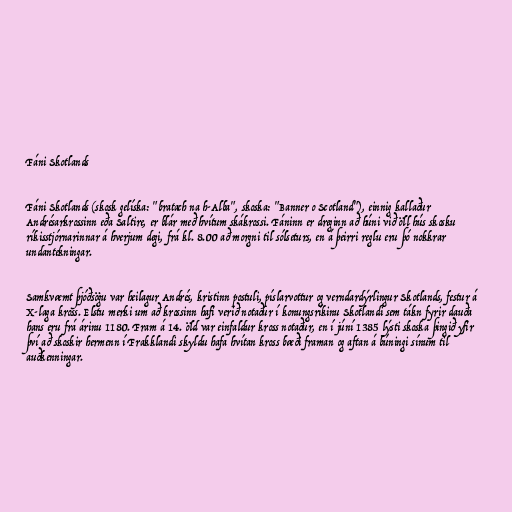
Fáni Skotlands

Fáni Skotlands (skosk gelíska: "bratach na h-Alba", skoska: "Banner o Scotland"), einnig kallaður
Andrésarkrossinn eða Saltire, er blár með hvítum skákrossi. Fáninn er dreginn að húni við öll hús skosku
ríkisstjórnarinnar á hverjum degi, frá kl. 8.00 að morgni til sólseturs, en á þeirri reglu eru þó nokkrar
undantekningar.

Samkvæmt þjóðsögu var heilagur Andrés, kristinn postuli, píslarvottur og verndardýrlingur Skotlands, festur á
X-laga kross. Elstu merki um að krossinn hafi verið notaður í konungsríkinu Skotlandi sem tákn fyrir dauða
hans eru frá árinu 1180. Fram á 14. öld var einfaldur kross notaður, en í júní 1385 lýsti skoska þingið yfir
því að skoskir hermenn í Frakklandi skyldu hafa hvítan kross bæði framan og aftan á búningi sínum til
auðkenningar.